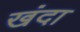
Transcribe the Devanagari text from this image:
खंदा